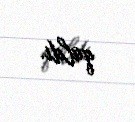
qaldı.